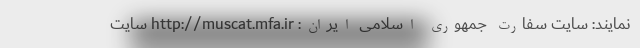
نمایند: سایت سفارت جمهوری اسلامی ایران: http://muscat.mfa.ir سایت